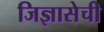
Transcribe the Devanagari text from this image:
जिज्ञासेची